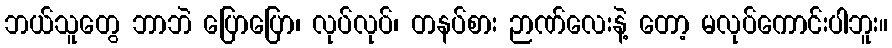
ဘယ်သူတွေ ဘာဘဲ ပြောပြော၊ လုပ်လုပ်၊ တနပ်စား ဉာဏ်လေးနဲ့ တော့ မလုပ်ကောင်းပါဘူး။